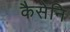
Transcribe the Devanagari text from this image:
कैसेनि